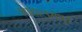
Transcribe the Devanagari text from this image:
शाहालमपुर